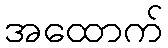
အထောက်